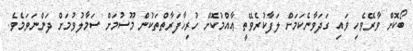
ބޯކޮށް ވާރޭވެހި ވައި ގަދަވާނެކަމަށް ލަފާކުރެވޭތީ ޢާއްމުކޮށް ހުރިހާފަރާތްތަކުން މޫސުމަށް ސަމާލުވުމަށް ދަންނަވަމެވެ.